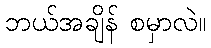
ဘယ်အချိန် စမှာလဲ။